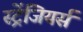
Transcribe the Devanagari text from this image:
स्ट्रेंजियर्स